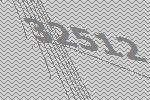
32512